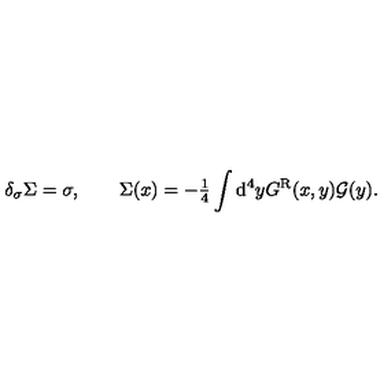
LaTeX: \delta _ { \sigma } \Sigma = \sigma , \qquad \Sigma ( x ) = - { \textstyle \frac { 1 } { 4 } } \int \mathrm { d } ^ { 4 } y G ^ { \mathrm { R } } ( x , y ) { \cal G } ( y ) .